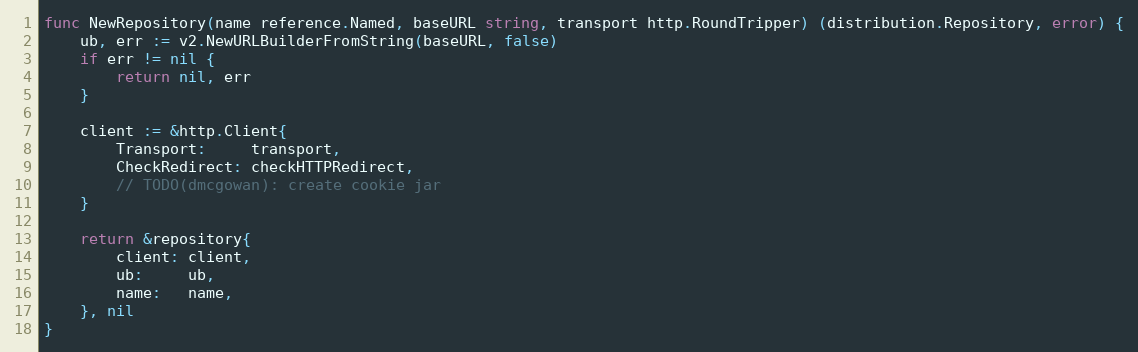
Language: Go
func NewRepository(name reference.Named, baseURL string, transport http.RoundTripper) (distribution.Repository, error) {
	ub, err := v2.NewURLBuilderFromString(baseURL, false)
	if err != nil {
		return nil, err
	}

	client := &http.Client{
		Transport:     transport,
		CheckRedirect: checkHTTPRedirect,
		// TODO(dmcgowan): create cookie jar
	}

	return &repository{
		client: client,
		ub:     ub,
		name:   name,
	}, nil
}